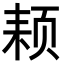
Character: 𬱜